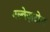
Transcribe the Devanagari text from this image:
गल्वेज़टोन